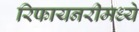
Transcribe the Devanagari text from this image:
रिफायनरीमध्ये